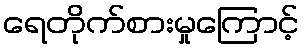
ရေတိုက်စားမှုကြောင့်